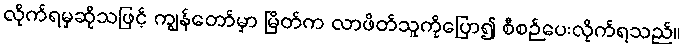
လိုက်ရမှဆိုသဖြင့် ကျွန်တော်မှာ မြိတ်က လာဖိတ်သူကိုပြော၍ စီစဉ်ပေးလိုက်ရသည်။